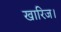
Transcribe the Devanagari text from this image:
खारिज।